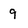
Character: 9